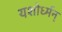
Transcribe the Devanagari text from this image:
यशोर्ध्मन्